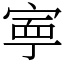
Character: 寕